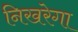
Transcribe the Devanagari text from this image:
निखरेगा